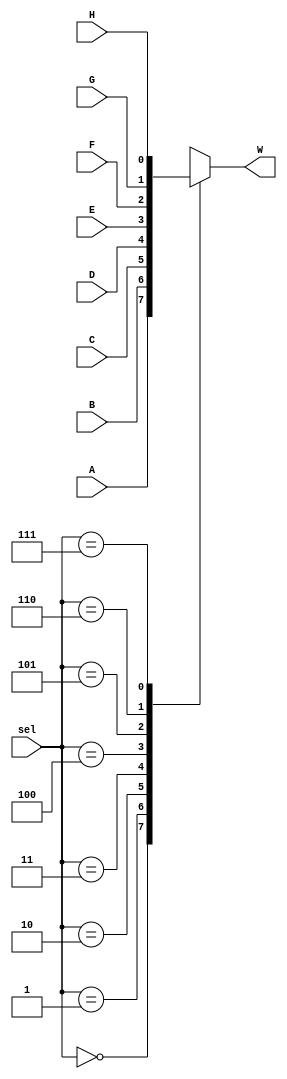
module Mux_3s (A, B, C, D, E, F, G, H, sel, W);
  
  parameter WIDTH = 1;
  
  input [WIDTH - 1:0] A, B, C, D, E, F, G, H;
  input [2:0] sel;
  output reg [WIDTH - 1:0] W;
  
  always @(A, B, C, D, E, F, G, H, sel) begin
    case(sel)
      3'h0: W = A;
      3'h1: W = B;
      3'h2: W = C;
      3'h3: W = D;
      3'h4: W = E;
      3'h5: W = F;
      3'h6: W = G;
      3'h7: W = H;
      default: W = 0;
    endcase
  end
  
endmodule




module Mux_2s (A, B, C, D, sel, W);
  
  parameter WIDTH = 1;
  
  input [WIDTH - 1:0] A, B, C, D;
  input [1:0] sel;
  output reg [WIDTH - 1:0] W;
  
  always @(A, B, C, D, sel) begin
    case(sel)
      2'h0: W = A;
      2'h1: W = B;
      2'h2: W = C;
      2'h3: W = D;
      default: W = 0;
    endcase
  end
  
endmodule




module Mux_1s (A, B, sel, W);
  
  parameter WIDTH = 1;
  
  input [WIDTH - 1:0] A, B;
  input sel;
  output reg [WIDTH - 1:0] W;
  
  always @(A, B, sel) begin
    case(sel)
      1'h0: W = A;
      1'h1: W = B;
      default: W = 0;
    endcase
  end
  
endmodule